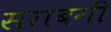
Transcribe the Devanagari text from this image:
सराबगी